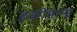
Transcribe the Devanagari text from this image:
हकीमाना